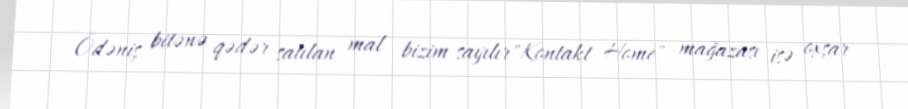
Ödəniş bitənə qədər satılan mal bizim sayılır"Kontakt Home" mağazası isə oxşar